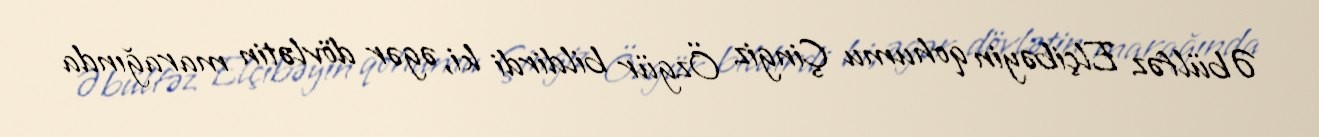
Əbülfəz Elçibəyin qohumu Çingiz Özgür bildirdi ki, əgər dövlətin marağında